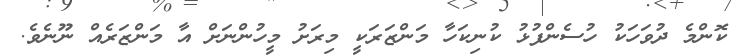
ކޮންމެ ދުވަހަކު ހުސެންފުޅު ކުނިކަހާ މަންޒަރަކީ މިރަށު މީހުންނަށް އާ މަންޒަރެއް ނޫނެވެ.